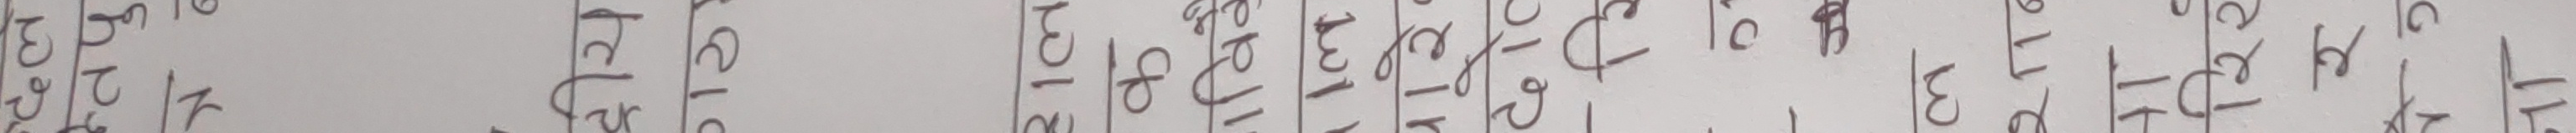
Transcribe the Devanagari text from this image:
अक्षर अंक चित्र शब्द वर्ण वाक्य प्रश्न उत्तर अनुच्छेद श्लोक गाथा संख्या अंकगणित जोड घटाउ गुणन भाग शून्य एक दुई तीन चार पाँच छ सात आठ नौ